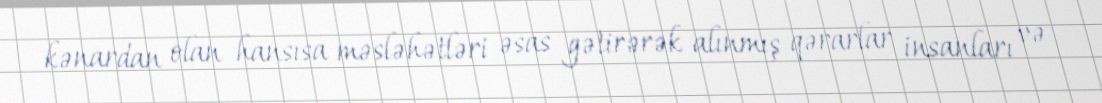
kənardan olan hansısa məsləhətləri əsas gətirərək alınmış qərarlar insanları və